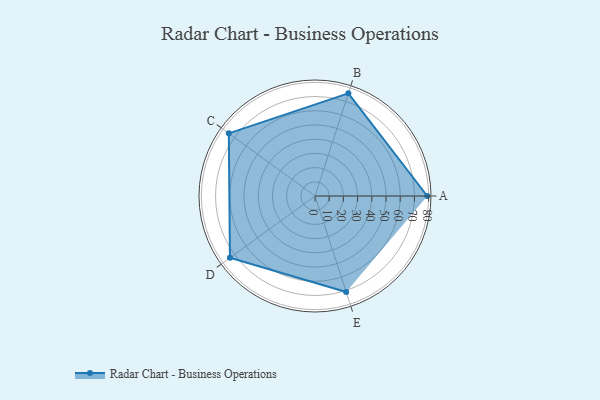
{"axis": {"x": "Skill", "y": "Score"}, "legend": ["Profile"], "data": [{"x": "A", "y": 79.0, "type": "Profile"}, {"x": "B", "y": 76.0, "type": "Profile"}, {"x": "C", "y": 75.0, "type": "Profile"}, {"x": "D", "y": 74.0, "type": "Profile"}, {"x": "E", "y": 71.0, "type": "Profile"}]}